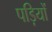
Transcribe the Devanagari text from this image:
पड़ियों